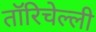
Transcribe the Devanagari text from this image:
तॉरिचेल्ली